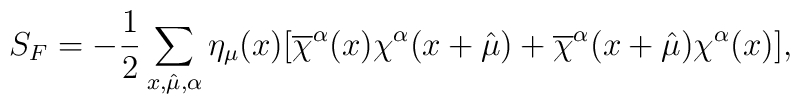
S_F=-\frac{1}{2}\sum_{x,\hat{\mu},\alpha}\eta_\mu(x)[\overline{\chi}^\alpha(x)\chi^\alpha(x+\hat{\mu})+\overline{\chi}^\alpha(x+\hat{\mu})\chi^\alpha(x)],